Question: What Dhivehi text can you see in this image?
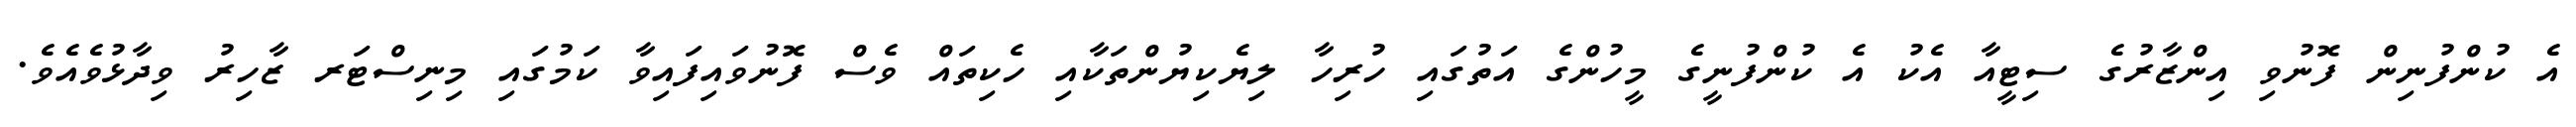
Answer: އެ ކުންފުނިން ފޮނުވި އިންޒާރުގެ ސިޓީއާ އެކު އެ ކުންފުނީގެ މީހުންގެ އަތުގައި ހުރިހާ ލިޔެކިޔުންތަކާއި ހެކިތައް ވެސް ފޮނުވައިފައިވާ ކަމުގައި މިނިސްޓަރ ޒާހިރު ވިދާޅުވެއެވެ.